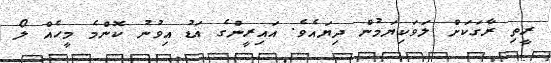
ރީތި ރާގަކަށް ލަވަކިޔަމުން ދިޔައެވެ. އައިރީންގެ އަޑު އިވުނު ކޮންމެ މީހެއް ލޯ